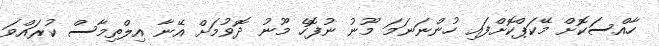
ހާއްސަކޮށް މޭކަޕްކޮށްފައި ހުންނަނަމަ މޫނު ނުފޮހެ މޫނު ދޮވުމަށް އޭނާ އިލްތިމާސް ކުރައްވަ